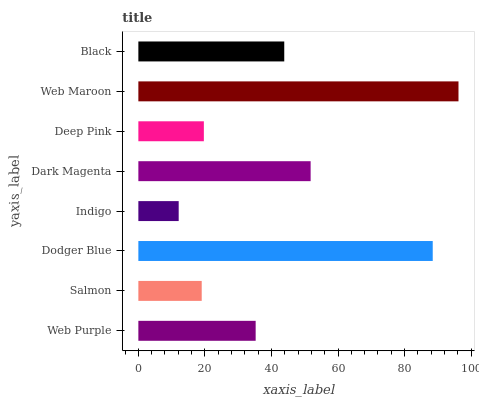
| yaxis_label | bars |
 | --- | --- |
 | Web Purple | 35.3 |
 | Salmon | 19 |
 | Dodger Blue | 88.5 |
 | Indigo | 12.1 |
 | Dark Magenta | 51.8 |
 | Deep Pink | 19.7 |
 | Web Maroon | 96.2 |
 | Black | 43.8 |